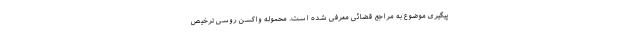
پیگیری موضوع به مراجع قضائی معرفی شده است. محموله واکسن روسی ترخیص